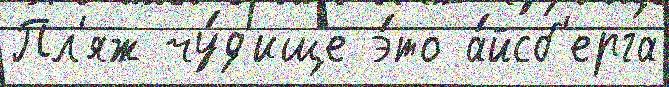
Пл'яж чу́д'ище э́то а́йсб'ерга